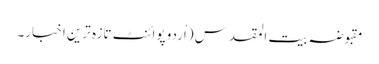
مقبوضہ بیت المقدس (اُردو پوائنٹ تازہ ترین اخبار۔